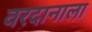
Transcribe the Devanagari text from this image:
वरदानाला